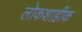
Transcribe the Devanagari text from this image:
लोकशाहीक